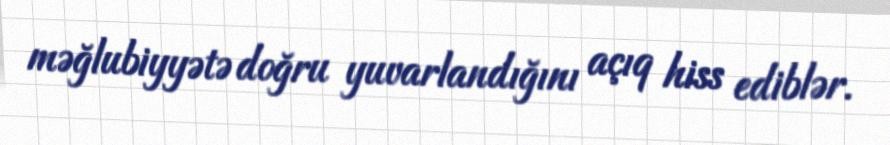
məğlubiyyətə doğru yuvarlandığını açıq hiss ediblər.